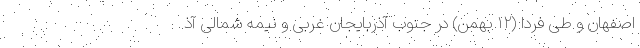
اصفهان و طی فردا (۱۲ بهمن) در جنوب آذربایجان غربی و نیمه شمالی آذ